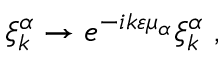
\xi _ { k } ^ { \alpha } \to e ^ { - i k \varepsilon \mu _ { \alpha } } \xi _ { k } ^ { \alpha } \ ,